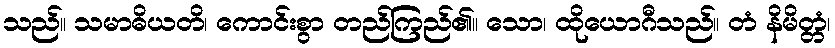
သည်။ သမာဓိယတိ၊ ကောင်းစွာ တည်ကြည်၏။ သော၊ ထိုယောဂီသည်။ တံ နိမိတ္တံ၊